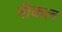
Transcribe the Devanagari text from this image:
नीकल